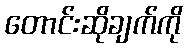
တောင်းဆိုချက်ကို